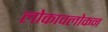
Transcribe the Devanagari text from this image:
लोकावलोकन